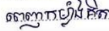
ពេញកម្លាំងគិត